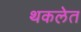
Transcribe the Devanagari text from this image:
थकलेत